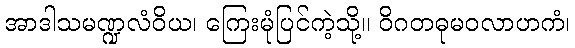
အာဒါသမဏ္ဍလံဝိယ၊ ကြေးမုံပြင်ကဲ့သို့။ ဝိဂတဓုမဝလာဟကံ၊